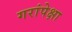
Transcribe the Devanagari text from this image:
गरांपेक्षा